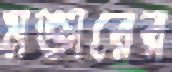
মক্তারের